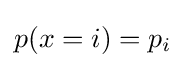
p(x=i)=p_{i}